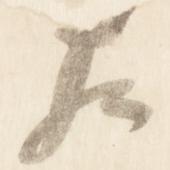
左